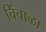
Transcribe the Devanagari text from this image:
चिंचाळा